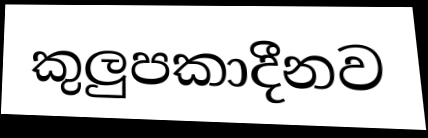
කුලුපකාදීනව